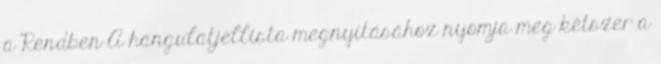
a Rendben A hangulatjellista megnyitásához nyomja meg kétszer a